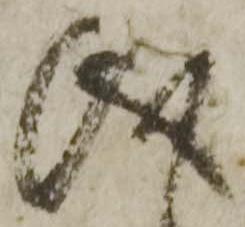
儀